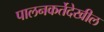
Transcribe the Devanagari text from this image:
पालनकर्तेदेखील